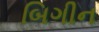
બિગીન